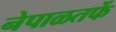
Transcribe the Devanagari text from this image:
नेपाळतर्फे